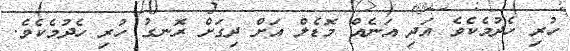
ހުރި ހެދުމެކެވެ އަދި އަނެއް މޮޑެލް އަށް ދިގަށް ރޮނގު ހުރި ހެދުމެކެވެ.